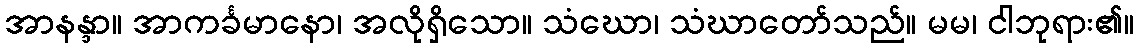
အာနန္ဒာ။ အာကင်္ခမာနော၊ အလိုရှိသော။ သံဃော၊ သံဃာတော်သည်။ မမ၊ ငါဘုရား၏။